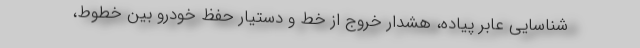
شناسایی عابر پیاده، هشدار خروج از خط و دستیار حفظ خودرو بین خطوط،